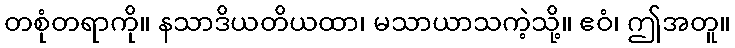
တစုံတရာကို။ နသာဒိယတိယထာ၊ မသာယာသကဲ့သို့။ ဧဝံ၊ ဤအတူ။